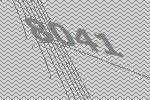
8041